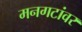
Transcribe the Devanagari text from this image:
मनगटांवर